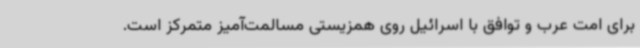
برای امت عرب و توافق با اسرائیل روی همزیستی مسالمت‌آمیز متمرکز است.